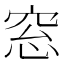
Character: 窓